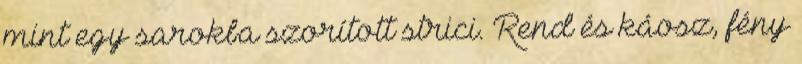
mint egy sarokba szorított strici. Rend és káosz, fény